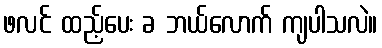
ဖလင် ထည့်ပေး ခ ဘယ်လောက် ကျပါသလဲ။